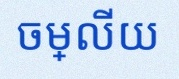
ចម្លើយ